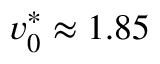
v _ { 0 } ^ { * } \approx 1 . 8 5